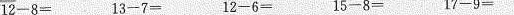
$$12-8=$$$$13-7= $$$$12-6=$$$$15-8=$$$$17-9= $$